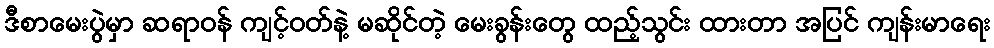
ဒီစာမေးပွဲမှာ ဆရာဝန် ကျင့်ဝတ်နဲ့ မဆိုင်တဲ့ မေးခွန်းတွေ ထည့်သွင်း ထားတာ အပြင် ကျန်းမာရေး